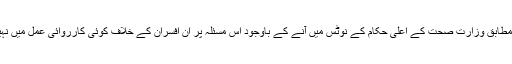
رپورٹ کے مطابق وزارت صحت کے اعلیٰ حکام کے نوٹس میں آنے کے باوجود اس مسئلہ پر ان افسران کے خلاف کوئی کارروائی عمل میں نہیں لائی گئی ۔